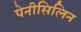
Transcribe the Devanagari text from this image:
पेनीसिलिन